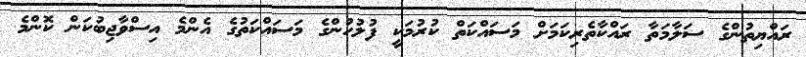
ރައްޔިތުންގެ ސަލާމަތާ ރައްކާތެރިކަމަށް މަސައްކަތް ކުރުމަކީ ފުލުހުންގެ މަސައްކަތުގެ އެންމެ އިސްވާޖިބުކަން ކޮންމެ